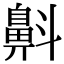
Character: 𪖘